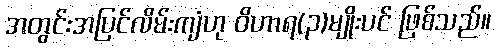
အတွင်းအပြင်လိမ်းကျံဟု ဝိဟာရ(၃)မျိုးပင် ဖြစ်သည်။